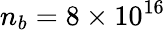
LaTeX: n_{b}=8\times 10^{16}